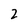
Character: 2